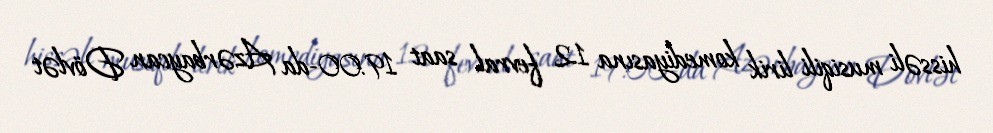
hissəli musiqili lirik komediyasına 12 fevral saat 19:00-da Azərbaycan Dövlət